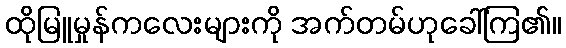
ထိုမြူမှုန်ကလေးများကို အက်တမ်ဟုခေါ်ကြ၏။